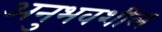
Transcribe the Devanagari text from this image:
अनुभवशील